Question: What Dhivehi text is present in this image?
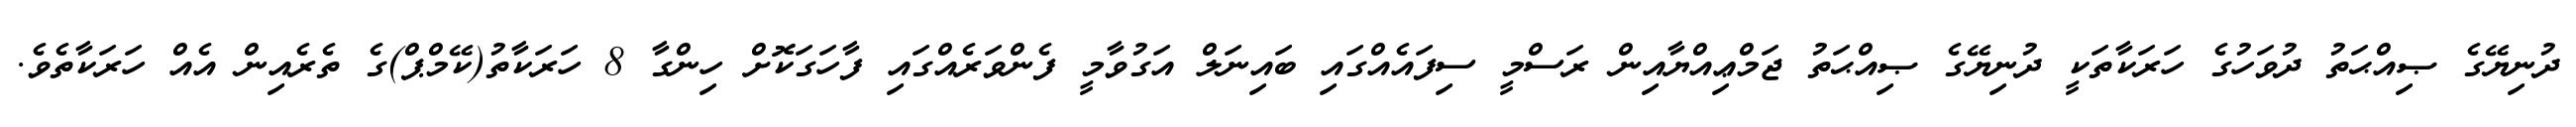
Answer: ދުނިޔޭގެ ޞިއްޙަތު ދުވަހުގެ ހަރަކާތަކީ ދުނިޔޭގެ ޞިއްޙަތު ޖަމްޢިއްޔާއިން ރަސްމީ ސިފައެއްގައި ބައިނަލް އަގުވާމީ ފެންވަރެއްގައި ފާހަގަކޮށް ހިންގާ 8 ހަރަކާތު(ކޭމްޕް)ގެ ތެރެއިން އެއް ހަރަކާތެވެ.